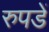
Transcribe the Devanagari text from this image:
रुपडें